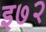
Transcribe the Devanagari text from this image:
इ७२